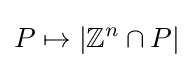
P\mapsto |\mathbb {Z} ^{n}\cap P|